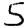
Digit: 5